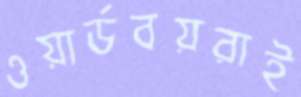
ওয়ার্ডবয়রাই